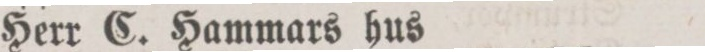
Herr C. Hammars hus